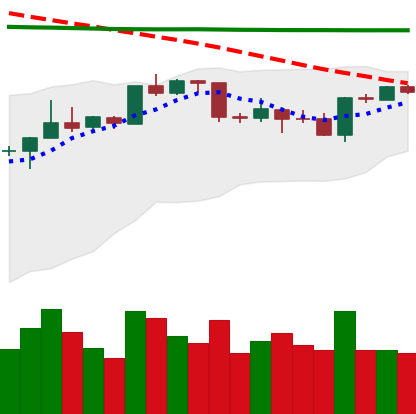
Ticker: BTC-USD
Chart end date: 2020-04-19
Forward return: 5.028%
Label: up_5_7